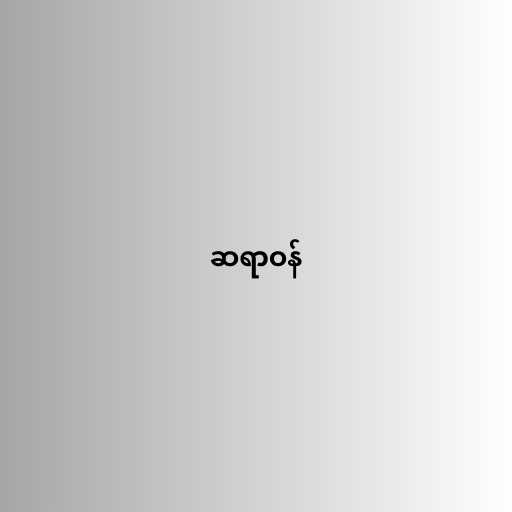
ဆရာဝန်